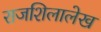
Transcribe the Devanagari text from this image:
राजशिलालेख